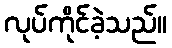
လုပ်ကိုင်ခဲ့သည်။